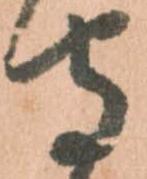
守